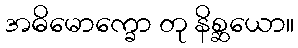
အဓိမောက္ခော တု နိစ္ဆယော။